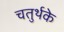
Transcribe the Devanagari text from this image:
चतुर्थके